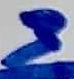
Text: 3